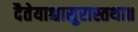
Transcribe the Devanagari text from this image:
दैतेयाश्चासुरास्तथा॥